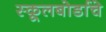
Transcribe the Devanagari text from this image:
स्कूलबोर्डाचे